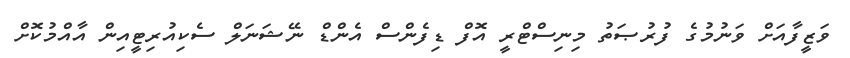
ވަޒީފާއަށް ވަނުމުގެ ފުރުޞަތު މިނިސްޓްރީ އޮފް ޑިފެންސް އެންޑް ނޭޝަނަލް ސެކިއުރިޓީއިން އާއްމުކޮށް